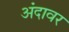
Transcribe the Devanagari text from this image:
अंदावर